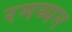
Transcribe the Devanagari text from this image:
रमय्यन